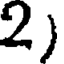
2)